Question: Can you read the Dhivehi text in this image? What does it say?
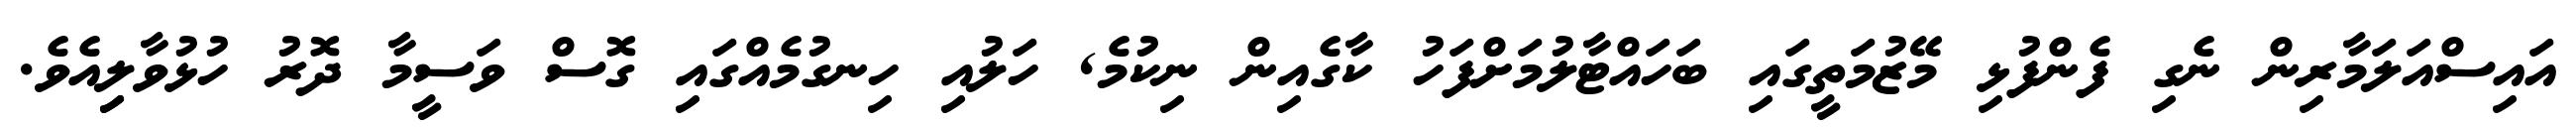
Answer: އައިސްއަލަމާރިން ނެގި ފެންފުޅި މޭޒުމަތީގައި ބަހައްޓާލުމަށްފަހު ކާގެއިން ނިކުމެ, ހަލުއި ހިނގުމެއްގައި ގޮސް ވަސީމާ ދޮރު ހުޅުވާލިިއެވެ.